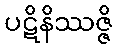
ပဋိနိဿဇ္ဇိ